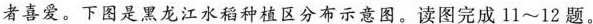
者喜爱。下图是黑龙江水稻种植区分布示意图。读图完成11~12题。